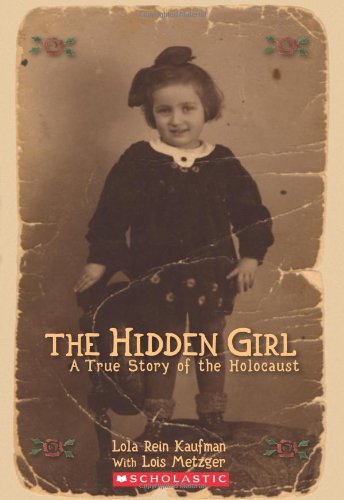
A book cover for Hidden Girl, The:  A True Story of the Holocaust; Lola Rein Kaufman; Teen & Young Adult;